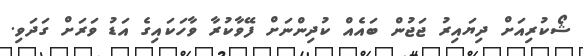
ޝޯކުރިއަށް ދިޔައިރު ޖަޖުން ބައެއް ކުދިންނަށް ފޭވާކުރާ ވާހަކައިގެ އަޑު ވަރަށް ގަދަވި.